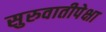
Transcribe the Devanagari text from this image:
सुरुवातीपेक्षा